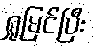
ရှုမြင်ပြီး